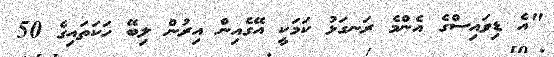
"އެ ޑިވައިސްގެ އެންމެ ރަނގަޅު ކަމަކީ އޭގެއިން އިރުން ލިބޭ ހަކަތައިގެ 50